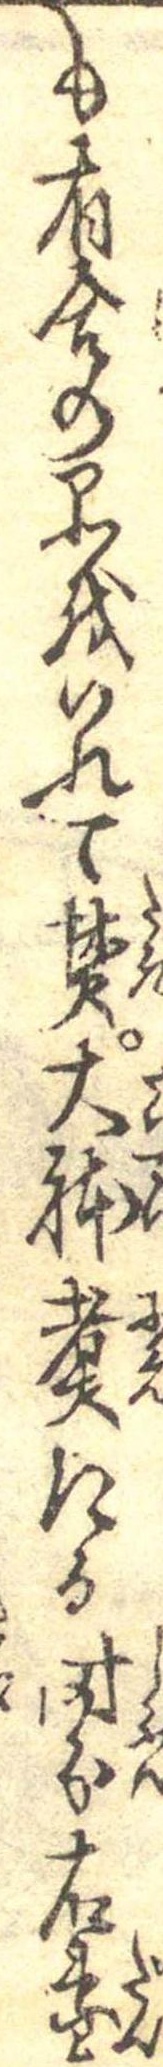
も有合の品をいれて焚大体煮たる時分右団